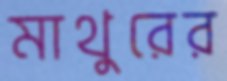
মাথুরের